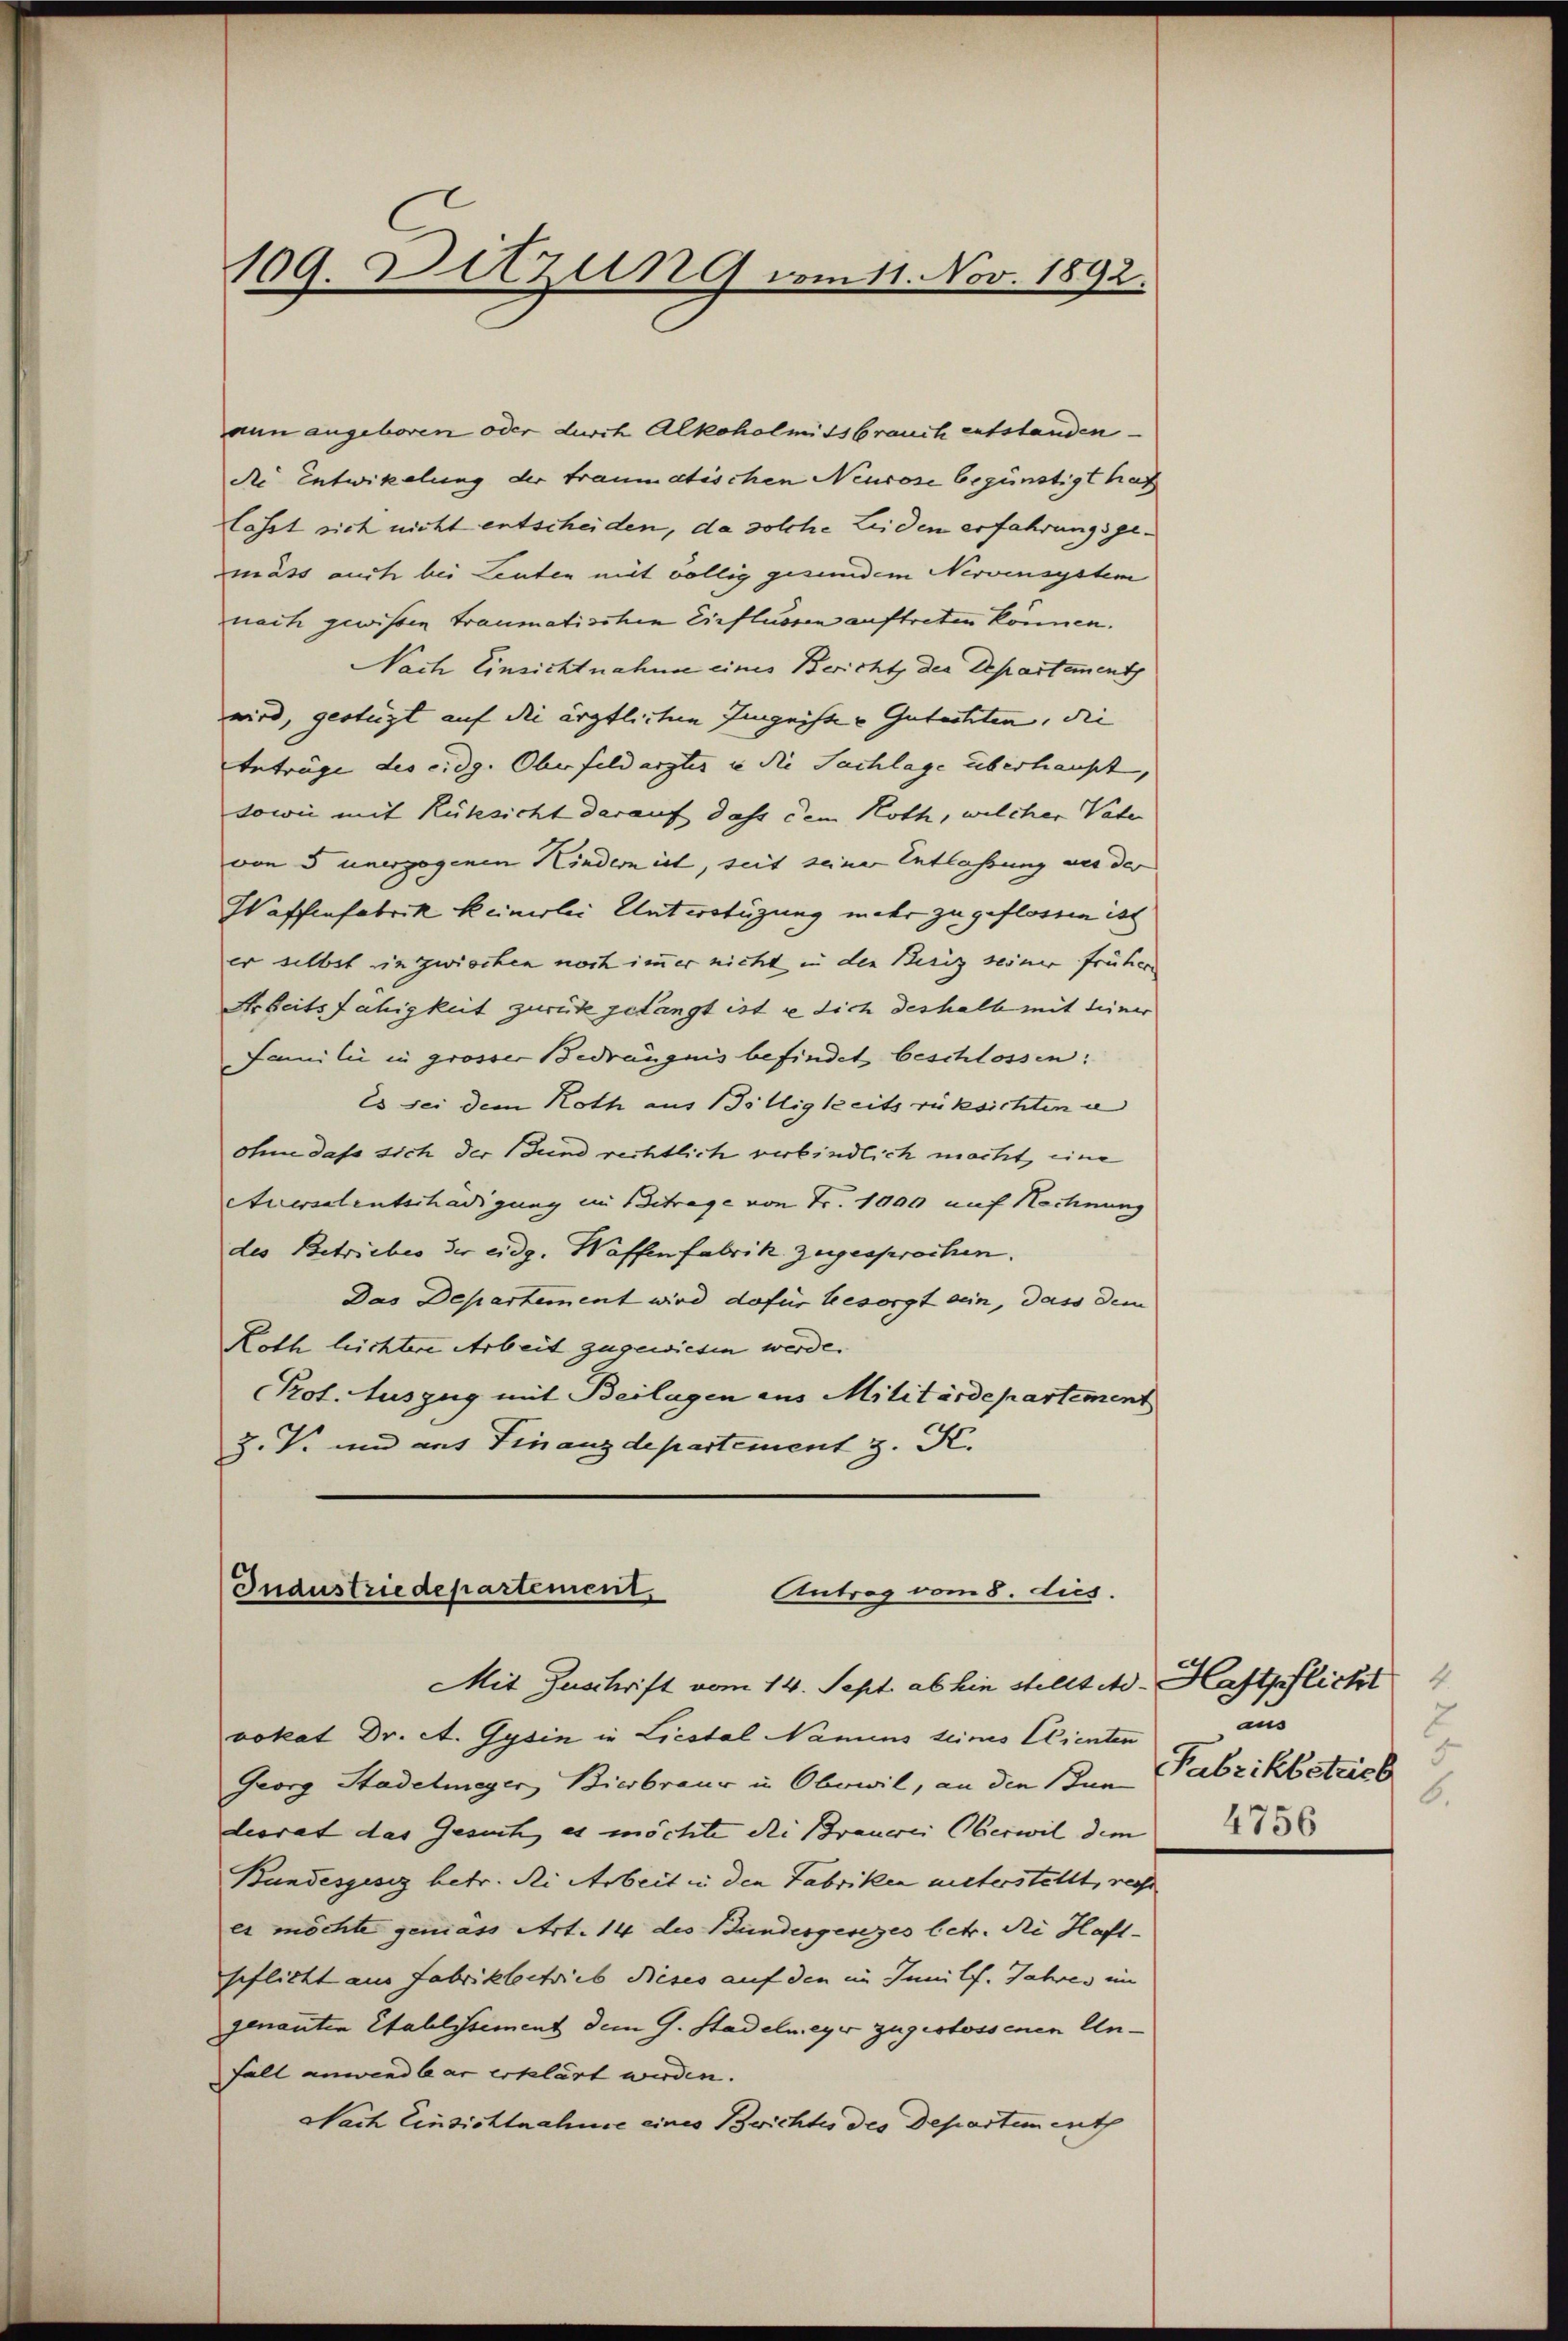
109. Sitzung vom 11. Nov. 1892.

aun angeboren oder durch Alkoholmissbrauch entstanden
die Entwickelung der traumatischen Neucose begünstigt hat
lässt sich nicht entscheiden, da solche Leiden erfahrungsgemäss auch bei Leuten mit völlig gesunden Nervensystem
nach gewissen Traumatischen Einflussen auftreten können.
Nach Einsichtnahme eines Bericht, der Departement
wird, gestüzt auf die ärztlichen Eingeiste Gutachten, die
Anträge des eidg. Oberfeldarztes in die Sachlage überhaupt,
sowie mit Rüksicht darauf dass dem Noth, welcher Vater
von 5 unergegenen Kindern ist, seit seiner Entlassung aus der
Waffenfabrik keinerlei Unterstüzung mehr zu geflossen ist
er selbst inzwischen noch immer nicht in den Berig seiner früher
Arbeitsfähigkeit zurück gelangt ist e dich deshalb mit seiner
Familii in grosser Bedrängnis befindet beschlossen:
Es sei dem Roth aus Tilligkeits rüksichten u
ohne dass sich der und rechtlich verbindlich macht, eine
Auersalentschädigung im Betrage von Fr. 1000 auf Nachnung
des Betriebes der eidg. Waffenfabrik zugesprochen.
Das Departement wird dafür besorgt sein, dass dem
Roth leichtere Arbeit zugewiesen werde.
Prot. Auszug mit Beilagen aus Militärdepartement
Z. V. und aus Finanzdepartement z. K.

Industriedepartement
Antrag vom 8. Aus
Mit Zuschrift vom 14. Sept. abhin stellte. Haftpflicht

vokat Dr. A. Gysin in Liestal Namens seines Clienten
Georg Stadelmeyer, Bierbraus in Oberwil, an die Inn Pabrikbetrieb
deorat das Gesuch, es möchte die Brauerei Oberwil dem
Bundesgesez betr. di Arbeit in den Fabriken unterstellt, reche
es möchte gemäss Art. 14 des Bundesgesezes betr. die Haft-
spflicht aus Fabrikbetrieb dieses auf den im Junilf. Jahres im
genanten Stallistement dem G. Stadelmeyer zugestossenen Un¬
Fall anwendbar erklärt werden.
Nach Einsichtnahme eines Berichtes des Departement

2
aus
6.